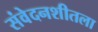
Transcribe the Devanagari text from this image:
संवेदनशीतला